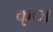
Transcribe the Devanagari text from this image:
क्ा